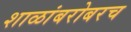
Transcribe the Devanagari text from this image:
शाळांबरोबरच